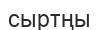
сыртңы